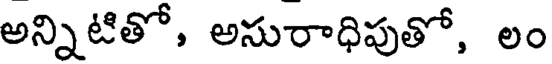
అన్నిటితో, అసురాధిపుతో, లం